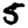
Digit: 5